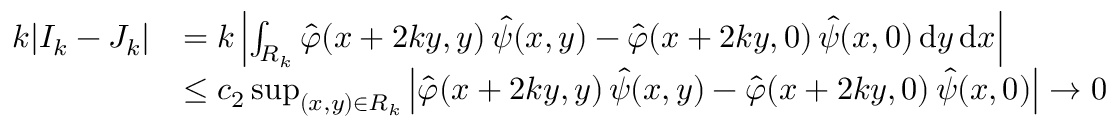
\begin{array} { r l } { k | I _ { k } - J _ { k } | } & { = k \left| \int _ { R _ { k } } \hat { \varphi } ( x + 2 k y , y ) \, \hat { \psi } ( x , y ) - \hat { \varphi } ( x + 2 k y , 0 ) \, \hat { \psi } ( x , 0 ) \, \mathrm { d } y \, \mathrm { d } x \right| } \\ & { \leq c _ { 2 } \operatorname* { s u p } _ { ( x , y ) \in R _ { k } } \left| \hat { \varphi } ( x + 2 k y , y ) \, \hat { \psi } ( x , y ) - \hat { \varphi } ( x + 2 k y , 0 ) \, \hat { \psi } ( x , 0 ) \right| \to 0 } \end{array}